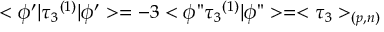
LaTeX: < \phi ^ { \prime } | { \tau _ { 3 } } ^ { ( 1 ) } | \phi ^ { \prime } > = - 3 < \phi " { \tau _ { 3 } } ^ { ( 1 ) } | \phi " > = < \tau _ { 3 } > _ { ( p , n ) }